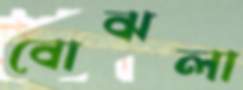
বোঝলা